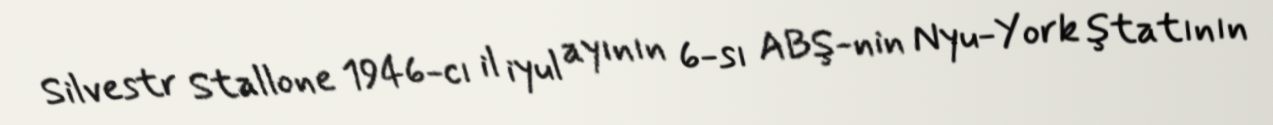
Silvestr Stallone 1946-cı il iyul ayının 6-sı ABŞ-nin Nyu-York ştatının